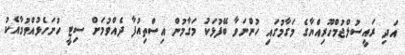
އަދި ރައީސުލްޖުމްހޫރިއްޔާގެ މަގާމުގައި ހުންނަވާ ބޭފުޅަކު މަގާމުން އިސްތިއުފާ ދެއްވުމަށް ސިޓީ ހުށަހެޅުއްވުމާއެކު